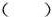
( )